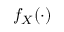
f _ { X } ( \cdot )